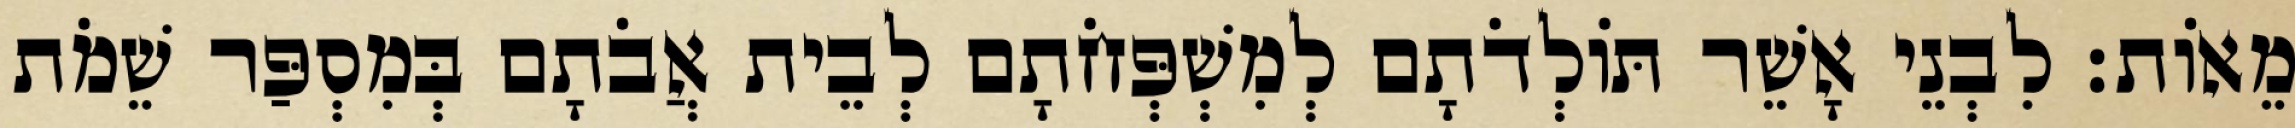
מֵאוֹת׃ לִבְנֵי אָשֵׁר תּוֹלְדֹתָם לְמִשְׁפְּחֹתָם לְבֵית אֲבֹתָם בְּמִסְפַּר שֵׁמֹת